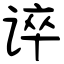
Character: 谇